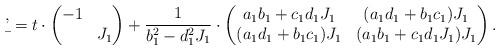
LaTeX: \begin{align*} \b' = t \cdot \begin{pmatrix} -1 & \\ & J_1 \end{pmatrix} + \frac{1}{b_1^2 - d_1^2 J_1} \cdot \begin{pmatrix} a_1 b_1 + c_1 d_1 J_1 & (a_1 d_1 + b_1 c_1) J_1 \\ (a_1 d_1 + b_1 c_1) J_1 & (a_1 b_1 + c_1 d_1 J_1) J_1 \end{pmatrix}.\end{align*}